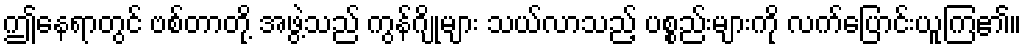
ဤနေရာတွင် ဗစ်တာတို့ အဖွဲ့သည် ကွန်ဂျိုများ သယ်လာသည့် ပစ္စည်းများကို လက်ပြောင်းယူကြ၏။